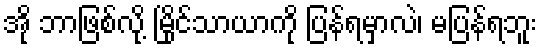
အို ဘာဖြစ်လို့ မြိုင်သာယာကို ပြန်ရမှာလဲ၊ မပြန်ရဘူး